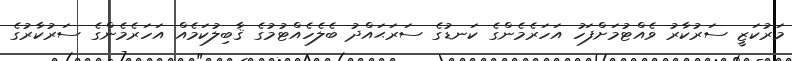
މަރުކަޒީ ސަރުކާރު ވެއްޓުމަށްފަހު އަހަރެމެންގެ ކަނޑުގެ ސަރަޙައްދު ބެލެހެއްޓުމުގެ ޤާބިލުކަމެއް އަހަރެމެންގެ ސަރުކާރުގެ